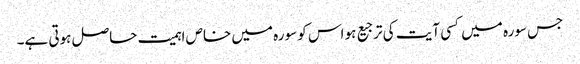
جس سورہ میں کسی آیت کی ترجیع ہو اس کو سورہ میں خاص اہمیت حاصل ہوتی ہے۔